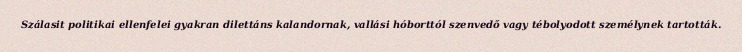
Szálasit politikai ellenfelei gyakran dilettáns kalandornak, vallási hóborttól szenvedő vagy tébolyodott személynek tartották.